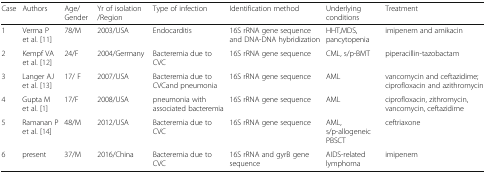
<table><thead><tr><td><b>Case</b></td><td><b>Authors</b></td><td><b>Age/Gender</b></td><td><b>Yr of isolation /Region</b></td><td><b>Type of infection</b></td><td><b>Identification method</b></td><td><b>Underlying conditions</b></td><td><b>Treatment</b></td></tr></thead><tbody><tr><td>1</td><td>Verma P et al. [11]</td><td>78/M</td><td>2003/USA</td><td>Endocarditis</td><td>16S rRNA gene sequence and DNA-DNA hybridization</td><td>HHT,MDS, pancytopenia</td><td>imipenem and amikacin</td></tr><tr><td>2</td><td>Kempf VA et al. [12]</td><td>24/F</td><td>2004/Germany</td><td>Bacteremia due to CVC</td><td>16S rRNA gene sequence</td><td>CML, s/p-BMT</td><td>piperacillin-tazobactam</td></tr><tr><td>3</td><td>Langer AJ et al. [13]</td><td>17/ F</td><td>2007/USA</td><td>Bacteremia due to CVCand pneumonia</td><td>16S rRNA gene sequence</td><td>AML</td><td>vancomycin and ceftazidime; ciprofloxacin and azithromycin</td></tr><tr><td>4</td><td>Gupta M et al. [1]</td><td>17/F</td><td>2008/USA</td><td>pneumonia with associated bacteremia</td><td>16S rRNA gene sequence</td><td>AML</td><td>ciprofloxacin, zithromycin, vancomycin, ceftazidime</td></tr><tr><td>5</td><td>Ramanan P et al. [14]</td><td>48/M</td><td>2012/USA</td><td>Bacteremia due to CVC</td><td>16S rRNA gene sequence</td><td>AML,s/p-allogeneic PBSCT</td><td>ceftriaxone</td></tr><tr><td>6</td><td>present</td><td>37/M</td><td>2016/China</td><td>Bacteremia due to CVC</td><td>16S rRNA and gyrB gene sequence</td><td>AIDS-related lymphoma</td><td>imipenem</td></tr></tbody></table>